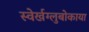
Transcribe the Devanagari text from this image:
स्वेर्खग्लुबोकाया